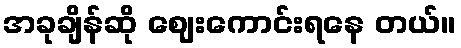
အခုချိန်ဆို ဈေးကောင်းရနေ တယ်။